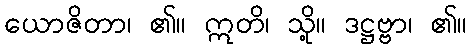
ယောဇိတာ၊ ၏။ ဣတိ၊ သို့။ ဒဋ္ဌဗ္ဗာ၊ ၏။